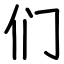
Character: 们